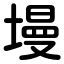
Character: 墁